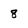
Character: 8